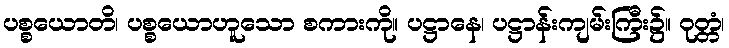
ပစ္စယောတိ၊ ပစ္စယောဟူသော စကားကို။ ပဋ္ဌာနေ၊ ပဋ္ဌာန်းကျမ်းကြီး၌။ ဝုတ္တံ၊